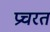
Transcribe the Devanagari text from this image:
प्रचरत